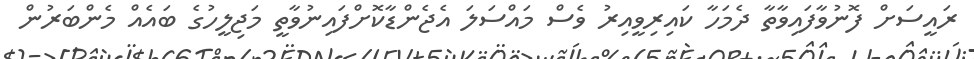
ރައީސަށް ފޮނުވާފައިވާތާ ދެމަހާ ކައިރިވީއިރު ވެސް މައްސަލަ އެޖެންޑާކޮށްފައިނުވާތީ މަޖިލީހުގެ ބައެއް މެންބަރުން